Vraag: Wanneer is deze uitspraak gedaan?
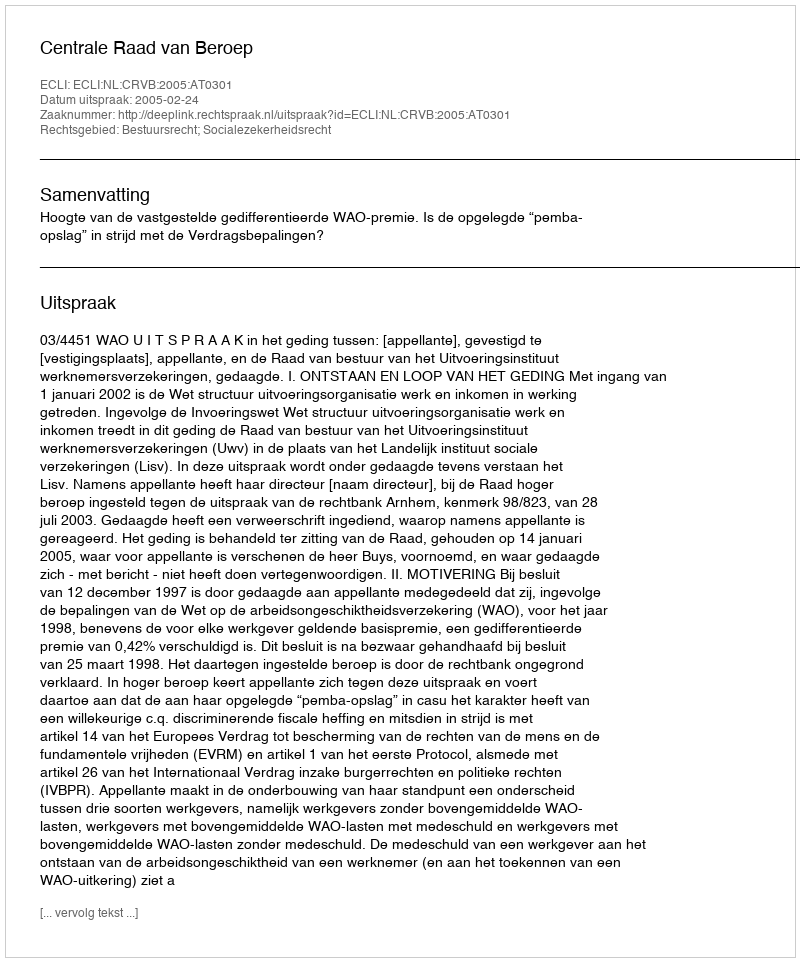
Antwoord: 2005-02-24